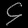
Digit: ၄